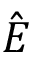
\hat { \boldsymbol { { \cal E } } }